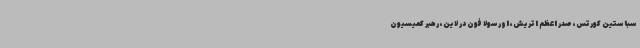
سباستین کورتس، صدر اعظم اتریش، اورسولا فون در لاین، رهبر کمیسیون